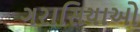
ગરાસિયાઓ